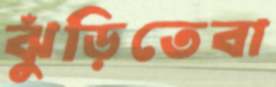
ঝুঁড়িতেবা